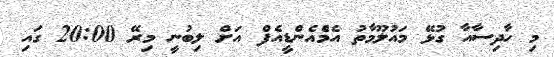
މި ހާދިސާއާ ގުޅޭ މައުލޫމާތު އެމްެއެންޑީއެފް އަށް ލިބުނީ މިރޭ 20:00 ގައި